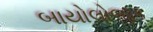
બાયોલોજીક